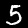
Label: 5